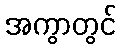
အကွာတွင်